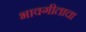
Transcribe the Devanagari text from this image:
भावगीताचा